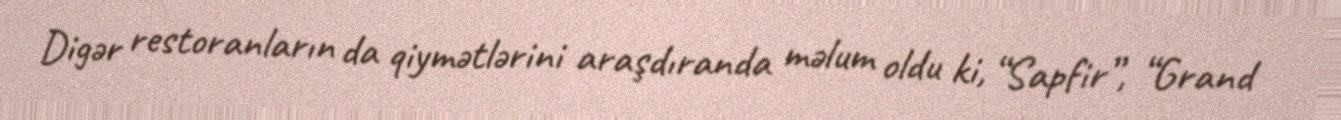
Digər restoranların da qiymətlərini araşdıranda məlum oldu ki, “Sapfir”, “Grand